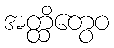
အတ္ထိတွေဝ